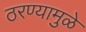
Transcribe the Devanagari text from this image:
ठरण्यामुळे